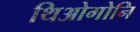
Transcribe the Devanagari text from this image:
थिओगोनि